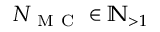
N _ { \mathrm { ~ M ~ C ~ } } \in \mathbb { N } _ { > 1 }